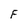
Character: F